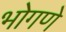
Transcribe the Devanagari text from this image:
भोगणे